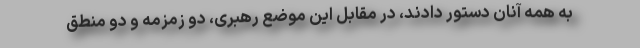
به همه آنان دستور دادند، در مقابل این موضع رهبری، دو زمزمه و دو منطق